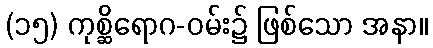
(၁၅) ကုစ္ဆိရောဂ-ဝမ်း၌ ဖြစ်သော အနာ။